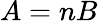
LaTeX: A=nB